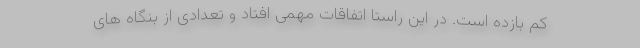
کم بازده است. در این راستا اتفاقات مهمی افتاد و تعدادی از بنگاه های